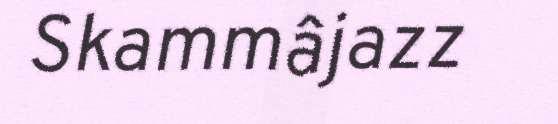
Skammâjazz